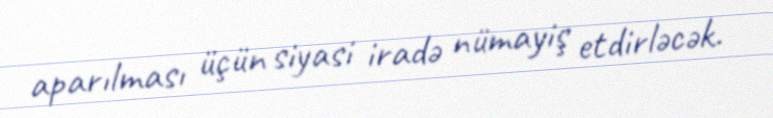
aparılması üçün siyasi iradə nümayiş etdirləcək.